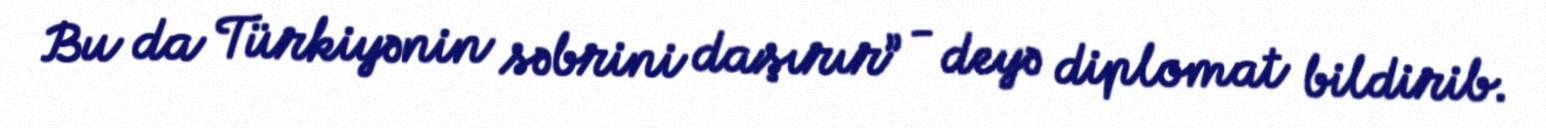
Bu da Türkiyənin səbrini daşırır” - deyə diplomat bildirib.